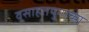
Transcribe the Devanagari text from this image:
वसाहतयुगाच्या